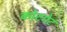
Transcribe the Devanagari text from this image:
कोटगेट